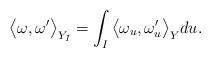
LaTeX: \begin{align*}\big\langle \omega,\omega' \big\rangle_{Y_I} =\int_I \big\langle\omega_u,\omega'_u \big\rangle_Y du.\end{align*}